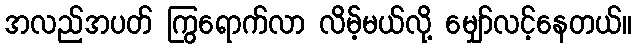
အလည်အပတ် ကြွရောက်လာ လိမ့်မယ်လို့ မျှော်လင့်နေတယ်။